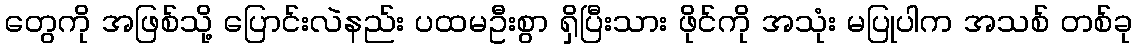
တွေကို အဖြစ်သို့ ပြောင်းလဲနည်း ပထမဦးစွာ ရှိပြီးသား ဖိုင်ကို အသုံး မပြုပါက အသစ် တစ်ခု